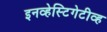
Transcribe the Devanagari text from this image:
इनव्हेस्टिगेटीव्ह